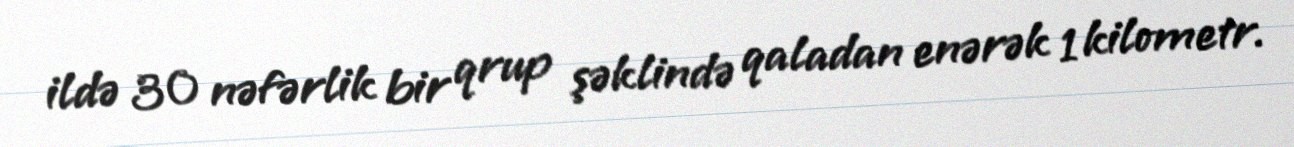
ildə 30 nəfərlik bir qrup şəklində qaladan enərək 1 kilometr.